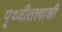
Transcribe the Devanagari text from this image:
पृथ्वीतत्त्वाशी